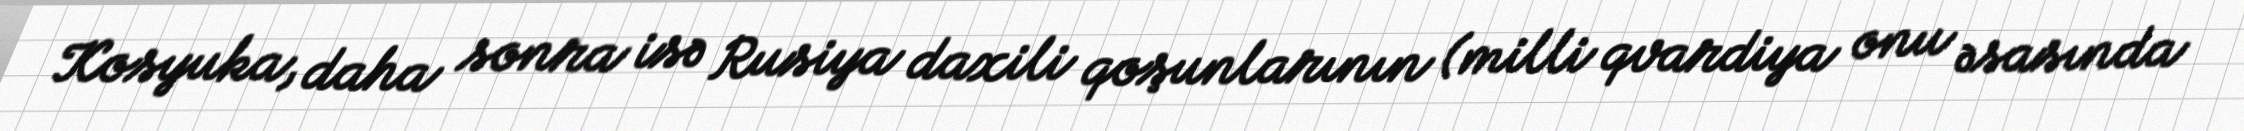
Kosyuka, daha sonra isə Rusiya daxili qoşunlarının (milli qvardiya onu əsasında